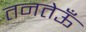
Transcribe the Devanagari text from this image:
तनतेऊँ